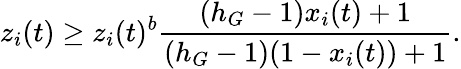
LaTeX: z_{i}(t)\geq z_{i}(t)^{b}\frac{(h_{G}-1)x_{i}(t)+1}{(h_{G}-1)(1-x_{i}(t))+1}.